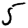
Digit: 5